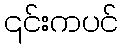
၎င်းကပင်